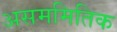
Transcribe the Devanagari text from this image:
असममितिक